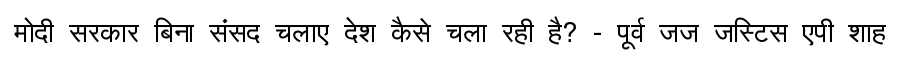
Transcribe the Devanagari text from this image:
मोदी सरकार बिना संसद चलाए देश कैसे चला रही है? - पूर्व जज जस्टिस एपी शाह